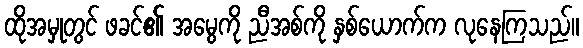
ထိုအမှုတွင် ဖခင်၏ အမွေကို ညီအစ်ကို နှစ်ယောက်က လုနေကြသည်။